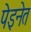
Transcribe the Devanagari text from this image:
पेइनेत